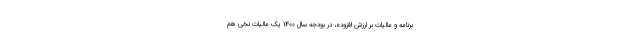
برنامه و مالیات بر ارزش افزوده، در بودجه سال 1400 یک مالیات نخی هم